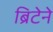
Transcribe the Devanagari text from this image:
ब्रिटेने